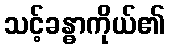
သင့်ခန္ဓာကိုယ်၏